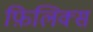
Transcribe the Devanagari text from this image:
फ़िलिक्स